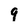
Character: 9